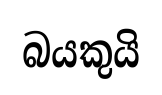
බයකුයි